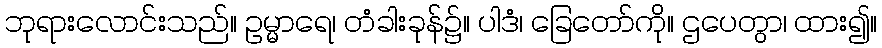
ဘုရားလောင်းသည်။ ဥမ္မာရေ၊ တံခါးခုန်၌။ ပါဒံ၊ ခြေတော်ကို။ ဌပေတွာ၊ ထား၍။